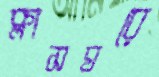
ক্লাসঘরে